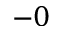
- 0